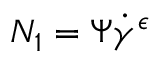
N _ { 1 } = \Psi \dot { \gamma } ^ { \epsilon }